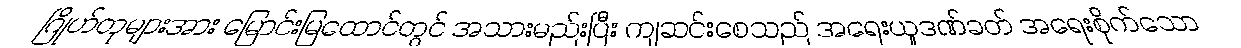
ဂြိုဟ်တုများအား မြောင်းမြထောင်တွင် အသားမည်းပြီး ကျဆင်းစေသည် အရေးယူဒဏ်ခတ် အရေးစိုက်သော